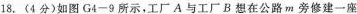
18 .(4分)如图G4-9所示，工厂 A 与工厂 B 想在公路m旁修建一座